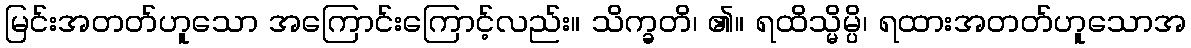
မြင်းအတတ်ဟူသော အကြောင်းကြောင့်လည်း။ သိက္ခတိ၊ ၏။ ရထိသ္မိမ္ပိ၊ ရထားအတတ်ဟူသောအ